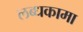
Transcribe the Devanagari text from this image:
लब्धकामा